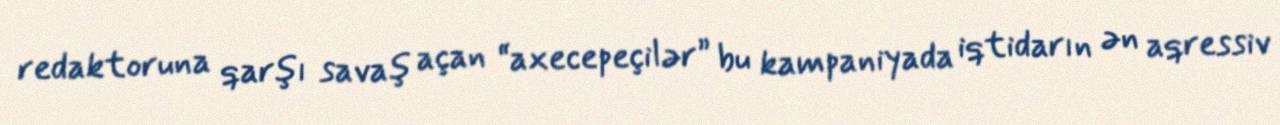
redaktoruna qarşı savaş açan “axecepeçilər” bu kampaniyada iqtidarın ən aqressiv